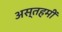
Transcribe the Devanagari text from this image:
अस्तहमीं